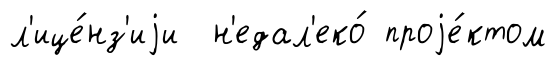
л'ице́нз'иjи н'едал'еко́ проjе́ктом